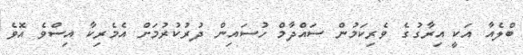
ބްލެއާ އަކީ އިރާގުގެ ވެރިކަމުން ސައްދާމް ހުސައިން ދުރުކުރުމަށް އެމެރިކާ އިސްވެ އޮވެ